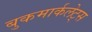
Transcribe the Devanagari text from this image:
बुकमार्कलेट्स